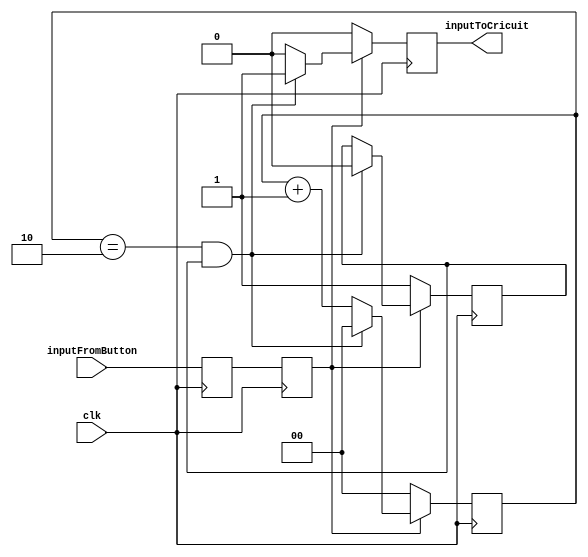
/*	InputAntiBouncer module
*
*	University of Thessaly 
*	Electrical and Computer Engineering Department
*	CE430 Course
*
*	Patsianotakis Charalampos cpatsianotakis@uth.gr
*
*	Module to check for metastabilities and bouncing from external environment.
*/

module inputAntiBouncer(clk, inputFromButton, inputToCricuit);

parameter NBounces = 3;
parameter CounterBit = 1;

input inputFromButton, clk;
output inputToCricuit;

//Regs and wire for metastability
reg input_metastability, input_without_metastability;
wire input_metastability_w, input_without_metastability_w;

reg [CounterBit:0] counter;
reg inputToCricuitreg;

reg can_be_driven_flag;


//METASTABILITY
always @(posedge clk)
begin
	input_metastability = inputFromButton;
end

assign input_metastability_w = input_metastability;

always @(posedge clk)
begin
	input_without_metastability = input_metastability_w;
end

assign input_without_metastability_w = input_without_metastability;

//DEBOUNCER
always @(posedge clk)
begin
	if (input_without_metastability_w == 0)
	begin
		counter = 0;
		inputToCricuitreg = 0;
		can_be_driven_flag = 1;
	end

	else
	begin
		
		if(counter == (NBounces-1) && can_be_driven_flag) //Have reached at NBounces bounces
		begin
			counter = 0;
			inputToCricuitreg = 1;
			can_be_driven_flag = 0;
		end
		else 
		begin
			counter = counter + 1;
			inputToCricuitreg = 0;
		end

	end
end

assign inputToCricuit = inputToCricuitreg;
	

endmodule